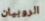
الروبيان